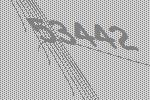
53442